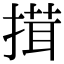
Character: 搑